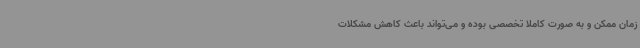
زمان ممکن و به صورت کاملاً تخصصی بوده و می‌تواند باعث کاهش مشکلات